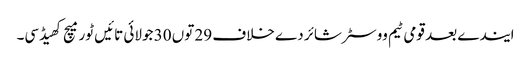
ایندے بعد قومی ٹیم ووسٹر شائر دے خلاف 29 توں 30 جولائی تائیں ٹور میچ کھیڈسی۔